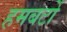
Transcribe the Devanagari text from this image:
हमबर्टो